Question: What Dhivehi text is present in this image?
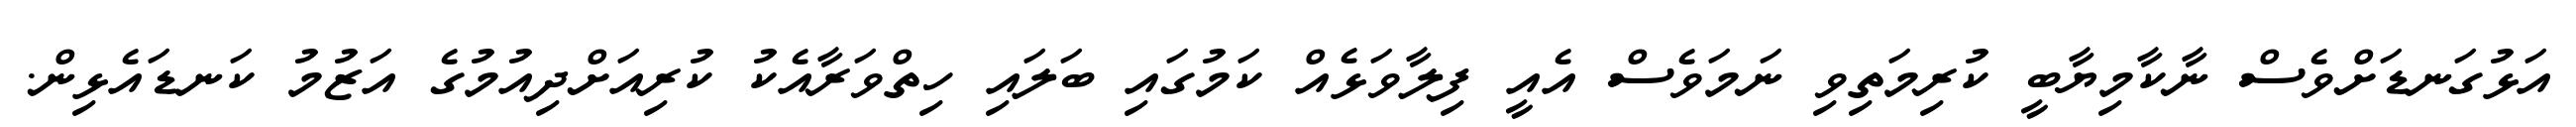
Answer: އަޅުގަނޑަށްވެސް ނާކާމިޔާބީ ކުރިމަތިވި ނަމަވެސް އެއީ ފިލާވަޅެއް ކަމުގައި ބަލައި ހިތްވަރާއެކު ކުރިއަށްދިއުމުގެ އަޒުމު ކަނޑައެޅިން.